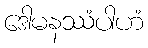
ဒေါမနဿံပါဟံ